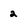
Character: 2